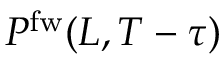
P ^ { \mathrm { f w } } ( L , T - \tau )